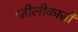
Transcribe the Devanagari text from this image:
म्ज़ीलीकाज़ी